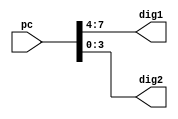
module displayPC (input [31:0] pc, output reg [3:0] dig1, output reg [3:0] dig2);
always @(*) begin
dig1 = (pc >>4);
dig2 = pc;
end
endmodule